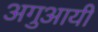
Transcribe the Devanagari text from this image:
अगुआयी